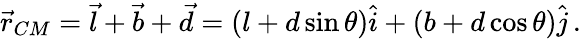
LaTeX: \begin{array}{r}{\vec{r}_{CM}=\vec{l}+\vec{b}+\vec{d}=(l+d\sin\theta)\hat{i}+(b+d\cos\theta)\hat{j}\, .}\end{array}